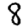
Digit: 8